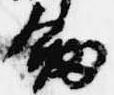
剣